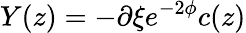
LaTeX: Y(z)=-\partial\xi e^{-2\phi}c(z)